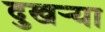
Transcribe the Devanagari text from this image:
दुखर्‍या